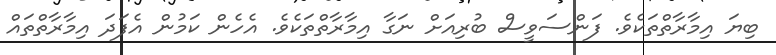
ބިޔަ އިމާރާތްތަކެވެ. ފަންސަވީސް ބުރިއަށް ނަގާ އިމާރާތްތަކެވެ. އެހެން ކަމުން އެފަދަ އިމާރާތްތައް